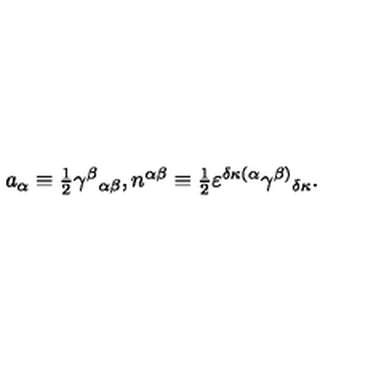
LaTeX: a _ { \alpha } \equiv \textstyle { \frac { 1 } { 2 } } \gamma ^ { \beta } { } _ { \alpha \beta } , n ^ { \alpha \beta } \equiv \textstyle { \frac { 1 } { 2 } } \varepsilon ^ { \delta \kappa ( \alpha } \gamma ^ { \beta ) } { } _ { \delta \kappa } .